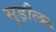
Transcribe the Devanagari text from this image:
सुड़ौल